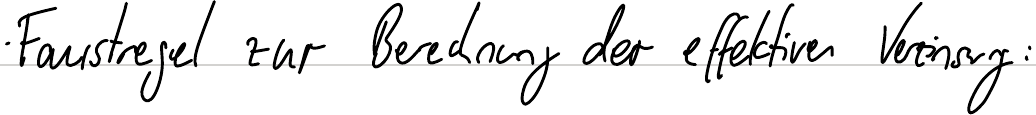
Faustregel zur Berechnung der effektiven Verzinsung: